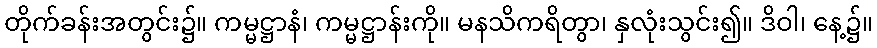
တိုက်ခန်းအတွင်း၌။ ကမ္မဋ္ဌာနံ၊ ကမ္မဋ္ဌာန်းကို။ မနသိကရိတွာ၊ နှလုံးသွင်း၍။ ဒိဝါ၊ နေ့၌။